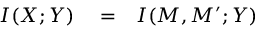
\begin{array} { r l r } { I ( X ; Y ) } & { { } = } & { I ( M , M ^ { \prime } ; Y ) } \end{array}